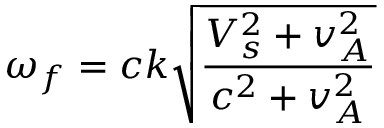
\omega _ { f } = c k \sqrt { \frac { V _ { s } ^ { 2 } + v _ { A } ^ { 2 } } { c ^ { 2 } + v _ { A } ^ { 2 } } }